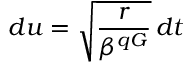
d u = \sqrt { \frac { r } { \beta ^ { q G } } } \, d t